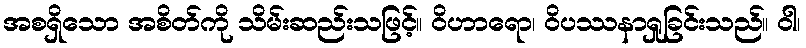
အစရှိသော အစိတ်ကို သိမ်းဆည်းသဖြင့်။ ဝိဟာရော၊ ဝိပဿနာရှုခြင်းသည်။ ဝါ၊